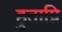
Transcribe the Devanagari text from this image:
हुताग्नि